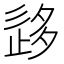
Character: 𡖰